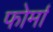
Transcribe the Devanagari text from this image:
फोर्मा